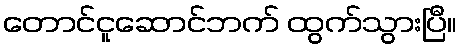
တောင်ငူဆောင်ဘက် ထွက်သွားပြီ။